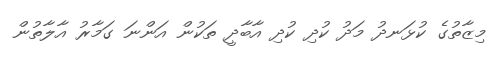
މިޒާތުގެ ކުޅަނދު މަދު ކުދި ކުދި އާބާދީ ތަކުން އަންނަ ގަމާރު އާލާތުން